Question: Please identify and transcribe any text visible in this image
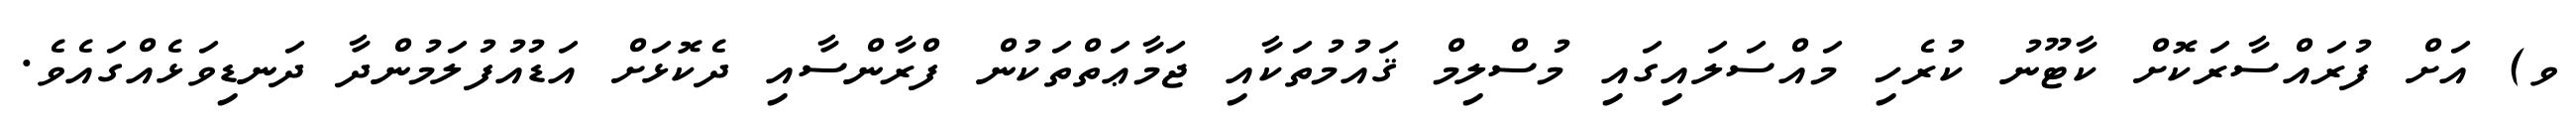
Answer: ވ) އަށް ފުރައްސާރަކޮށް ކާޓޫނު ކުރެހި މައްސަލައިގައި މުސްލިމް ޤައުމުތަކާއި ޖަމާޢަތްތަކުން ފްރާންސާއި ދެކޮޅަށް އަޑުއުފުލަމުންދާ ދަނޑިވަޅެއްގައެވެ.